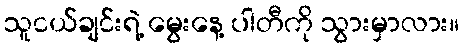
သူငယ်ချင်းရဲ့ မွေးနေ့ ပါတီကို သွားမှာလား။